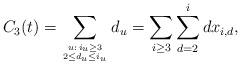
\begin{align*} C_3(t) = \sum_{u:\,i_u \geq 3 \atop {2 \leq d_u \leq i_u}} d_u = \sum_{i \geq 3} \sum_{d = 2}^{i} dx_{i,d}, \\ \end{align*}